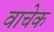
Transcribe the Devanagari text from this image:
वाचेक